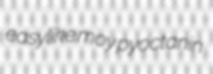
easylike moy pyoctanin